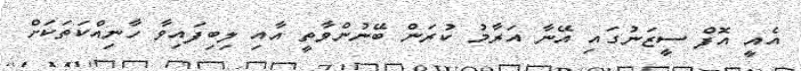
އެއީ އޮފް ސީޒަނުގައި އޭނާ އަރާމު ކުރަން ބޭނުންވާތީ އާއި ލިބިފައިވާ ހާނިއްކަތަކަށް